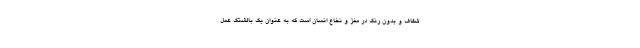
شفاف و بدون رنگ در مغز و نخاع انسان است که به عنوان یک بالشتک عمل